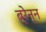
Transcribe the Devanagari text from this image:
ब्रेन्न